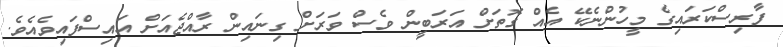
ފާރިސްކަރައިގެ މީހުންނެކޭ އެއް ގޮތަށް އަރަބީން ވެސް ވަރަށް ގިނައިން ރާއްޖެއަށް އައިސްފައިވެއެވެ.